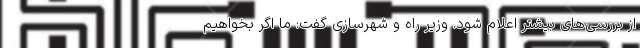
از بررسی‌های بیشتر اعلام شود. وزیر راه و شهرسازی گفت: ما اگر بخواهیم